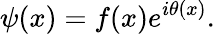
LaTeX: \psi(x)=f(x)e^{i\theta(x)}.